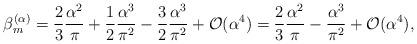
LaTeX: \begin{align*}\beta^{(\alpha)}_m=\frac{2}{3} \frac{\alpha^2}{\pi} + \frac{1}{2}\frac{\alpha^3}{\pi^2} -\frac{3}{2} \frac{\alpha^3}{\pi^2} +{\cal O}(\alpha^4)=\frac{2}{3} \frac{\alpha^2}{\pi} -\frac{\alpha^3}{\pi^2} + {\cal O}(\alpha^4), \end{align*}